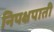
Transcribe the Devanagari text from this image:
निपक्षपाती